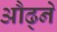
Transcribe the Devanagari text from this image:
औढ्ने